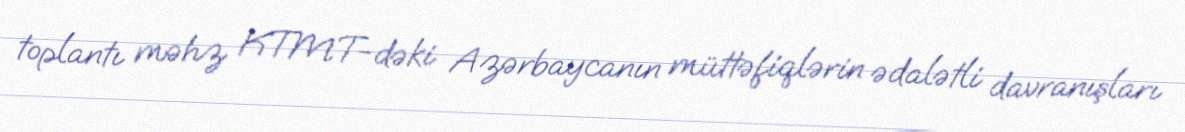
toplantı məhz KTMT-dəki Azərbaycanın müttəfiqlərin ədalətli davranışları